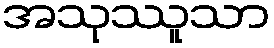
အသုဿူသာ